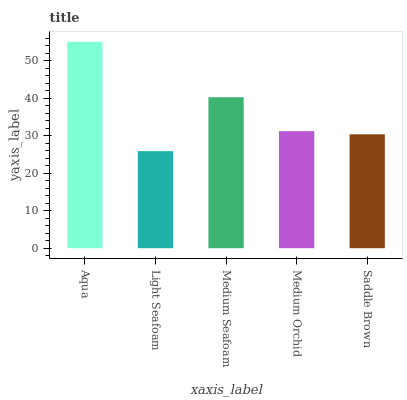
| xaxis_label | bars |
 | --- | --- |
 | Aqua | 55.1 |
 | Light Seafoam | 25.9 |
 | Medium Seafoam | 40.3 |
 | Medium Orchid | 31.2 |
 | Saddle Brown | 30.4 |